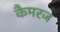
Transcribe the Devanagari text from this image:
कैमरज